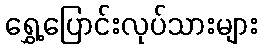
ရွှေ့ပြောင်းလုပ်သားများ